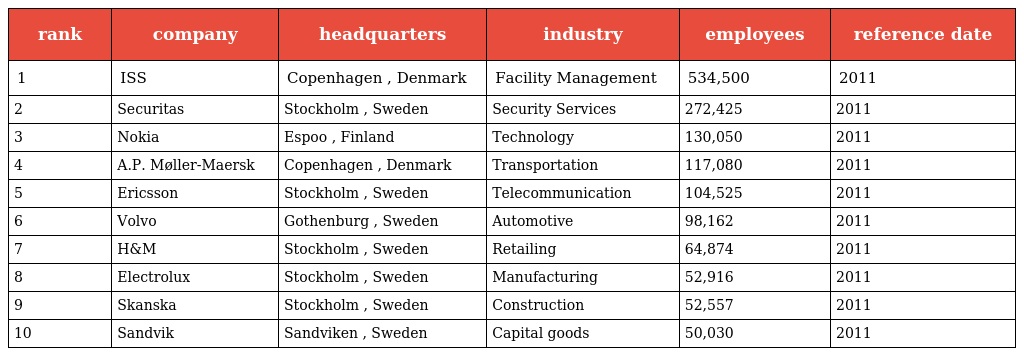
| rank | company | headquarters | industry | employees | reference date |
 | --- | --- | --- | --- | --- | --- |
 | 1 | ISS | Copenhagen , Denmark | Facility Management | 534,500 | 2011 |
 | 2 | Securitas | Stockholm , Sweden | Security Services | 272,425 | 2011 |
 | 3 | Nokia | Espoo , Finland | Technology | 130,050 | 2011 |
 | 4 | A.P. Møller-Maersk | Copenhagen , Denmark | Transportation | 117,080 | 2011 |
 | 5 | Ericsson | Stockholm , Sweden | Telecommunication | 104,525 | 2011 |
 | 6 | Volvo | Gothenburg , Sweden | Automotive | 98,162 | 2011 |
 | 7 | H&M | Stockholm , Sweden | Retailing | 64,874 | 2011 |
 | 8 | Electrolux | Stockholm , Sweden | Manufacturing | 52,916 | 2011 |
 | 9 | Skanska | Stockholm , Sweden | Construction | 52,557 | 2011 |
 | 10 | Sandvik | Sandviken , Sweden | Capital goods | 50,030 | 2011 |